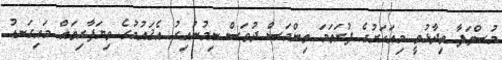
މުސްތަފާ ވިދާޅުވީ މިއަހަރުގެ ފުރަތަމަ ތިންމަސް ދުވަސް ނިމުނުއިރު އެޤައުމުގެ ވިޔަފާރިތައް މައިގަނޑު